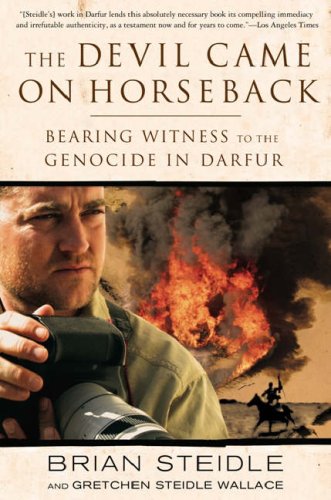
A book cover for The Devil Came on Horseback: Bearing Witness to the Genocide in Darfur; Brian Steidle; History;